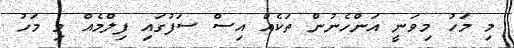
މި މަހު މިވަނީ އަންހެނުން ތަކެއް އިސް ސަފުގައި ފިލްމެއް މި މަހު